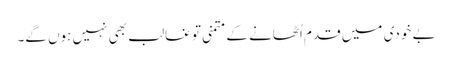
بے خودی میں قدم اُٹھانے کے متمنی تو غالب بھی نہیں ہوں گے۔